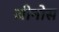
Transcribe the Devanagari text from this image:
जीनोस